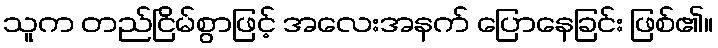
သူက တည်ငြိမ်စွာဖြင့် အလေးအနက် ပြောနေခြင်း ဖြစ်၏။